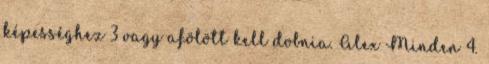
képességhez 3 vagy afölött kell dobnia. Alex Minden 4.